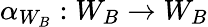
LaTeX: \alpha_{W_{B}}:W_{B}\to W_{B}